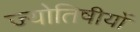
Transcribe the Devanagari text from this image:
ज्योतिषीयों